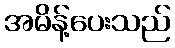
အမိန့်ပေးသည်